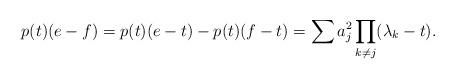
LaTeX: \begin{align*} p(t)(e-f) = p(t)(e-t) -p(t)(f-t) = \sum a_j^2 \prod_{k\ne j} (\lambda_k-t).\end{align*}